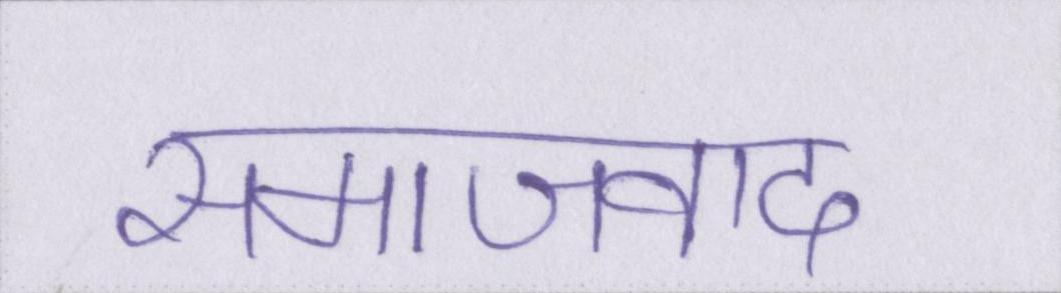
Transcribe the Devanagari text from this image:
समाजवाद